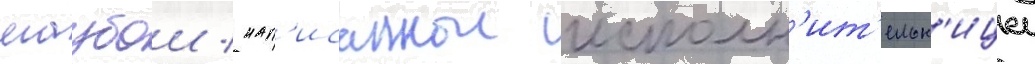
маубои / нап'исаннои исполн'ит'ельн'ицеи